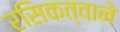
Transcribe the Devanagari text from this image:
रसिकत्वाने